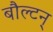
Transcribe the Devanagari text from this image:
बौल्‍टन्‌